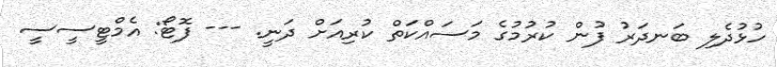
ހުޅުދެލި ބަނދަރު ފުން ކުރުމުގެ މަސައްކަތް ކުރިއަށް ދަނީ. --- ފޮޓޯ: އެމްޓީސީސީ